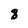
Character: 8